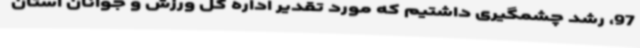
97، رشد چشمگیری داشتیم که مورد تقدیر اداره کل ورزش و جوانان استان